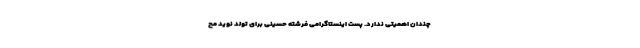
چندان اهمیتی ندارد. پست اینستاگرامی فرشته حسینی برای تولد نوید مح